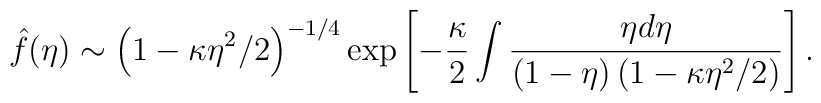
\hat f(\eta) \sim \left(1-\kappa\eta^2/2\right)^{-1/4}  \exp \left[ -\frac{\kappa}2 \int \frac{\eta d\eta}{(1-\eta)  \left(1-\kappa\eta^2/2\right)}\right].